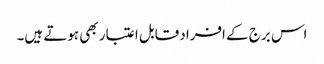
اس برج کے افراد قابل اعتبار بھی ہوتے ہیں۔